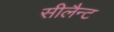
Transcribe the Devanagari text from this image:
सीलैन्ट